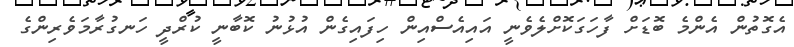
އެގޮތުން އެންމެ ބޮޑަށް ފާހަގަކޮށްލެވެނީ އައިއެސްއިން ހިފައިގެން އުޅުނު ކޮބާނީ ކުރްދީ ހަނގުރާމަވެރިންގެ